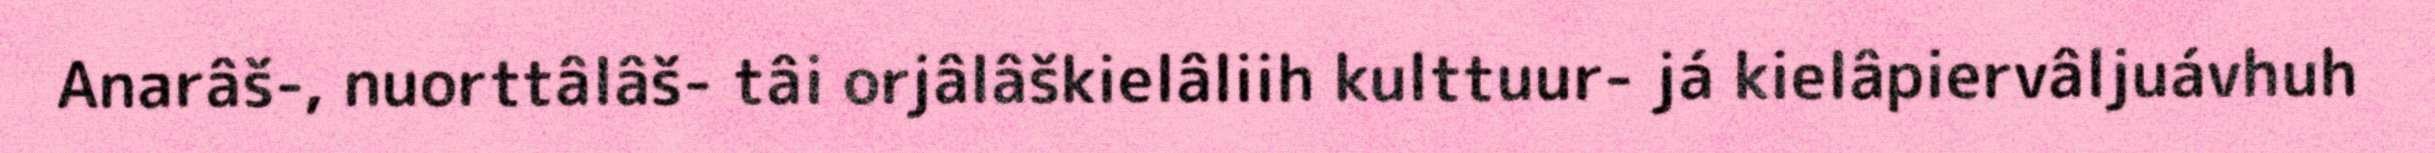
Anarâš-, nuorttâlâš- tâi orjâlâškielâliih kulttuur- já kielâpiervâljuávhuh